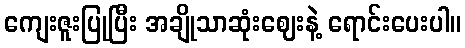
ကျေးဇူးပြုပြီး အချိုသာဆုံးဈေးနဲ့ ရောင်းပေးပါ။